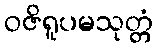
ဝဇိရူပမသုတ္တံ